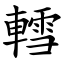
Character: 轌